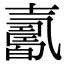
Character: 𡕋